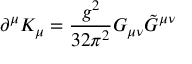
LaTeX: \partial ^ { \mu } K _ { \mu } = { \frac { g ^ { 2 } } { 3 2 \pi ^ { 2 } } } G _ { \mu \nu } { \tilde { G } } ^ { \mu \nu }